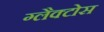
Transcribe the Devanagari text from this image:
ग्लैक्टोस